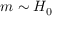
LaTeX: m \sim H _ { 0 }